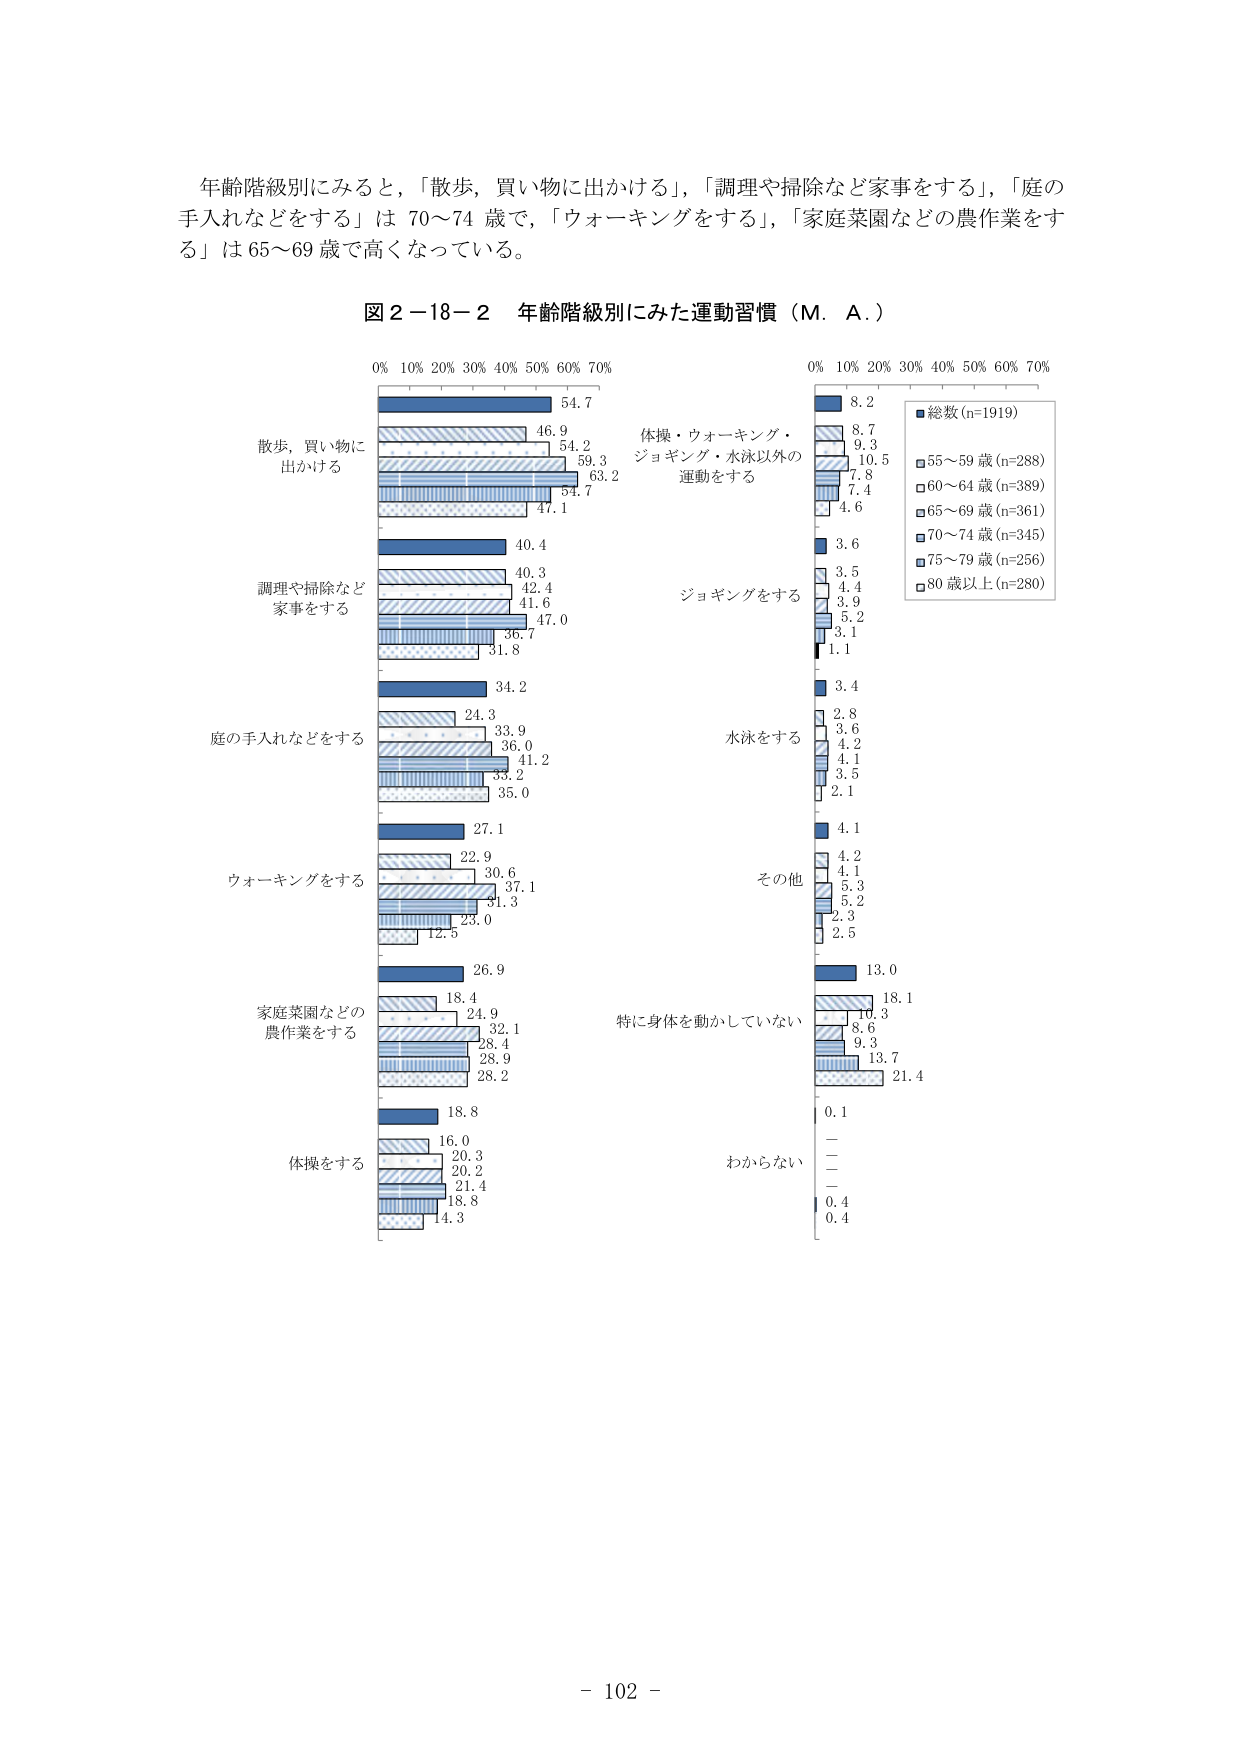
年齢階級別にみると，「散歩，買い物に出かける」，「調理や掃除など家事をする」，「庭の手入れなどををする」は 70～74 歳で，「ウォーキングをする」，「家庭菜園などの農作業をする」は 65～69 歳で高くなっている。

図２－18－２ 年齢階級別にみた運動習慣（M．A．）

0% 10% 20% 30% 40% 50% 60% 70%
散歩，買い物に
出かける
54.7
46.9
54.2
59.3
63.2
54.7
47.1
調理や掃除など
家事をする
40.4
40.3
42.4
41.6
47.0
36.7
31.8
庭の手入れなどををする
34.2
24.3
33.9
36.0
41.2
33.2
35.0
ウォーキングをする
27.1
22.9
30.6
37.1
31.3
23.0
12.5
家庭菜園などの
農作業をする
26.9
18.4
24.9
32.1
28.4
28.9
28.2
体操をする
18.8
16.0
20.3
20.2
21.4
18.8
14.3
体操・ウォーキング・
ジョギング・水泳以外の
運動をする
8.2
8.7
9.3
10.5
7.8
7.4
4.6
ジョギングをする
3.6
3.5
4.4
3.9
5.2
3.1
1.1
水泳をする
3.4
2.8
3.6
4.2
4.1
3.5
2.1
その他
4.1
4.2
4.1
5.3
5.2
2.3
2.5
特に身体を動かしていない
13.0
18.1
10.3
8.6
9.3
13.7
21.4
わからない
0.1
—
—
—
0.4
0.4
総数(n=1919)
55～59 歳(n=288)
60～64 歳(n=389)
65～69 歳(n=361)
70～74 歳(n=345)
75～79 歳(n=256)
80 歳以上(n=280)

- 102 -